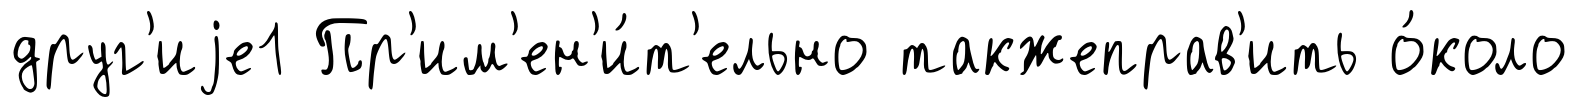
друг'иjе1 Пр'им'ен'и́т'ельно такжеправ'ить о́коло